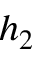
h _ { 2 }